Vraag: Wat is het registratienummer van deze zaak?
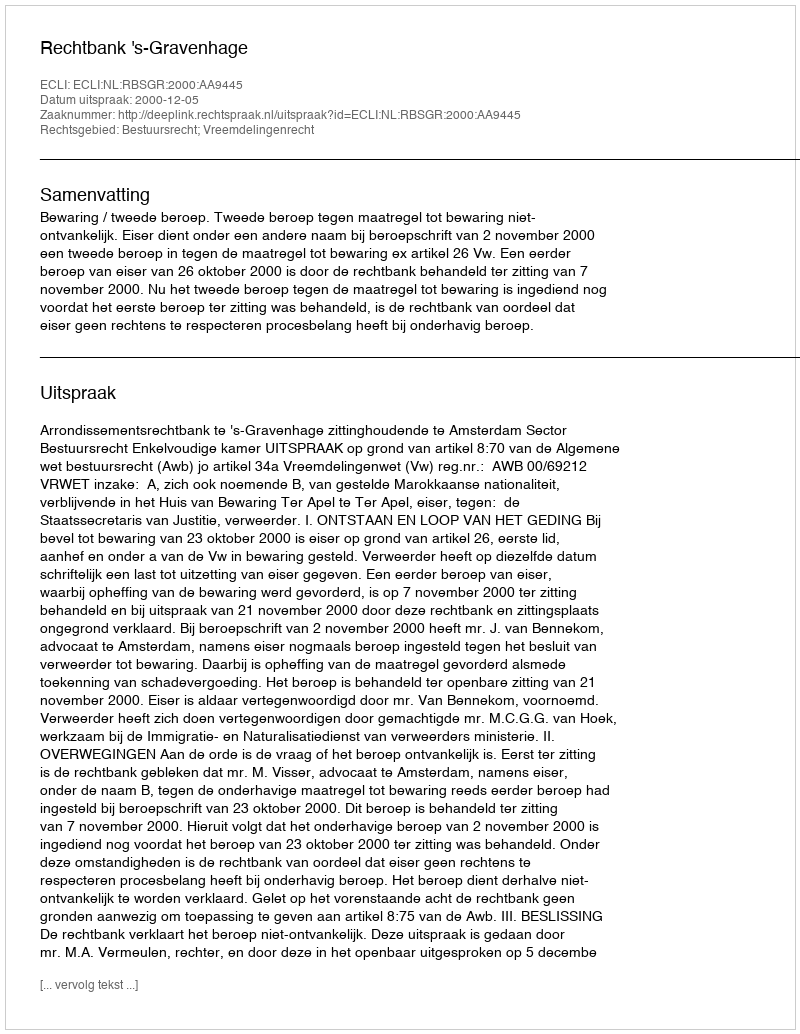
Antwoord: http://deeplink.rechtspraak.nl/uitspraak?id=ECLI:NL:RBSGR:2000:AA9445